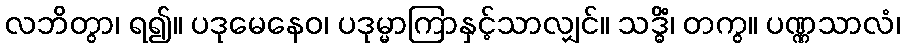
လဘိတွာ၊ ရ၍။ ပဒုမေနေဝ၊ ပဒုမ္မာကြာနှင့်သာလျှင်။ သဒ္ဓိံ၊ တကွ။ ပဏ္ဏသာလံ၊